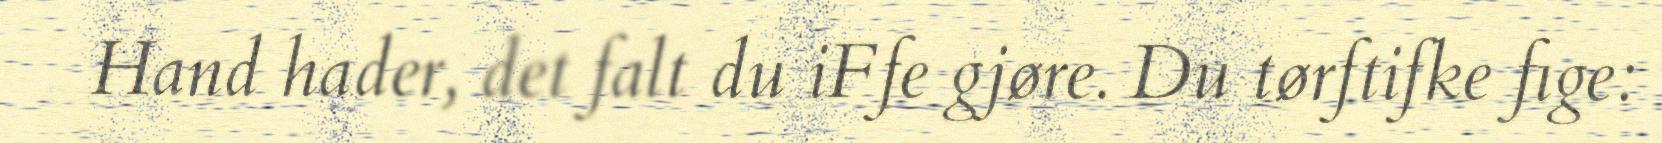
Hand hader, det falt du iFfe gjøre. Du tørftifke fige: